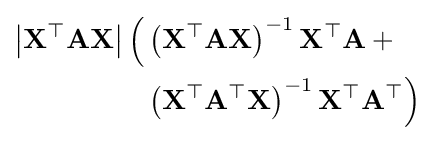
{\begin{aligned}\left|\mathbf {X^{\top }} \mathbf {A} \mathbf {X} \right|{\Big (}&\left(\mathbf {X^{\top }AX} \right)^{-1}\mathbf {X^{\top }A} +{}\\&\left(\mathbf {X^{\top }A^{\top }X} \right)^{-1}\mathbf {X^{\top }A^{\top }} {\Big )}\end{aligned}}